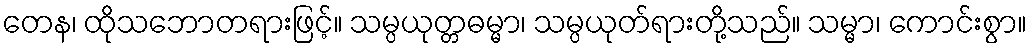
တေန၊ ထိုသဘောတရားဖြင့်။ သမ္ပယုတ္တဓမ္မာ၊ သမ္ပယုတ်ရားတို့သည်။ သမ္မာ၊ ကောင်းစွာ။